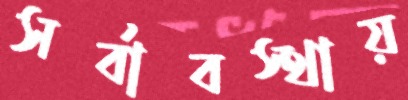
সর্বাবস্থায়